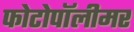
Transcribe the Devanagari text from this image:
फोटोपॉलीमर